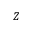
Z